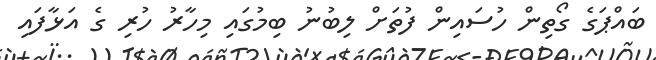
ބައްޕަގެ ގޯތިން ހުސައިން ފުތަށް ލިބުނު ބިމުގައި މިހާރު ހުރި ގެ އަޅާފައި